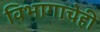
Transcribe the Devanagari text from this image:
विभागाचेही